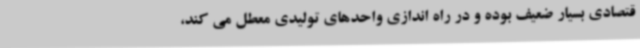
قتصادی بسیار ضعیف بوده و در راه اندازی واحدهای تولیدی معطل می کند،